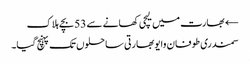
← بھارت میں لیچی کھانے سے 53 بچے ہلاک
سمندری طوفان وایو بھارتی ساحلوں تک پہنچ گیا۔